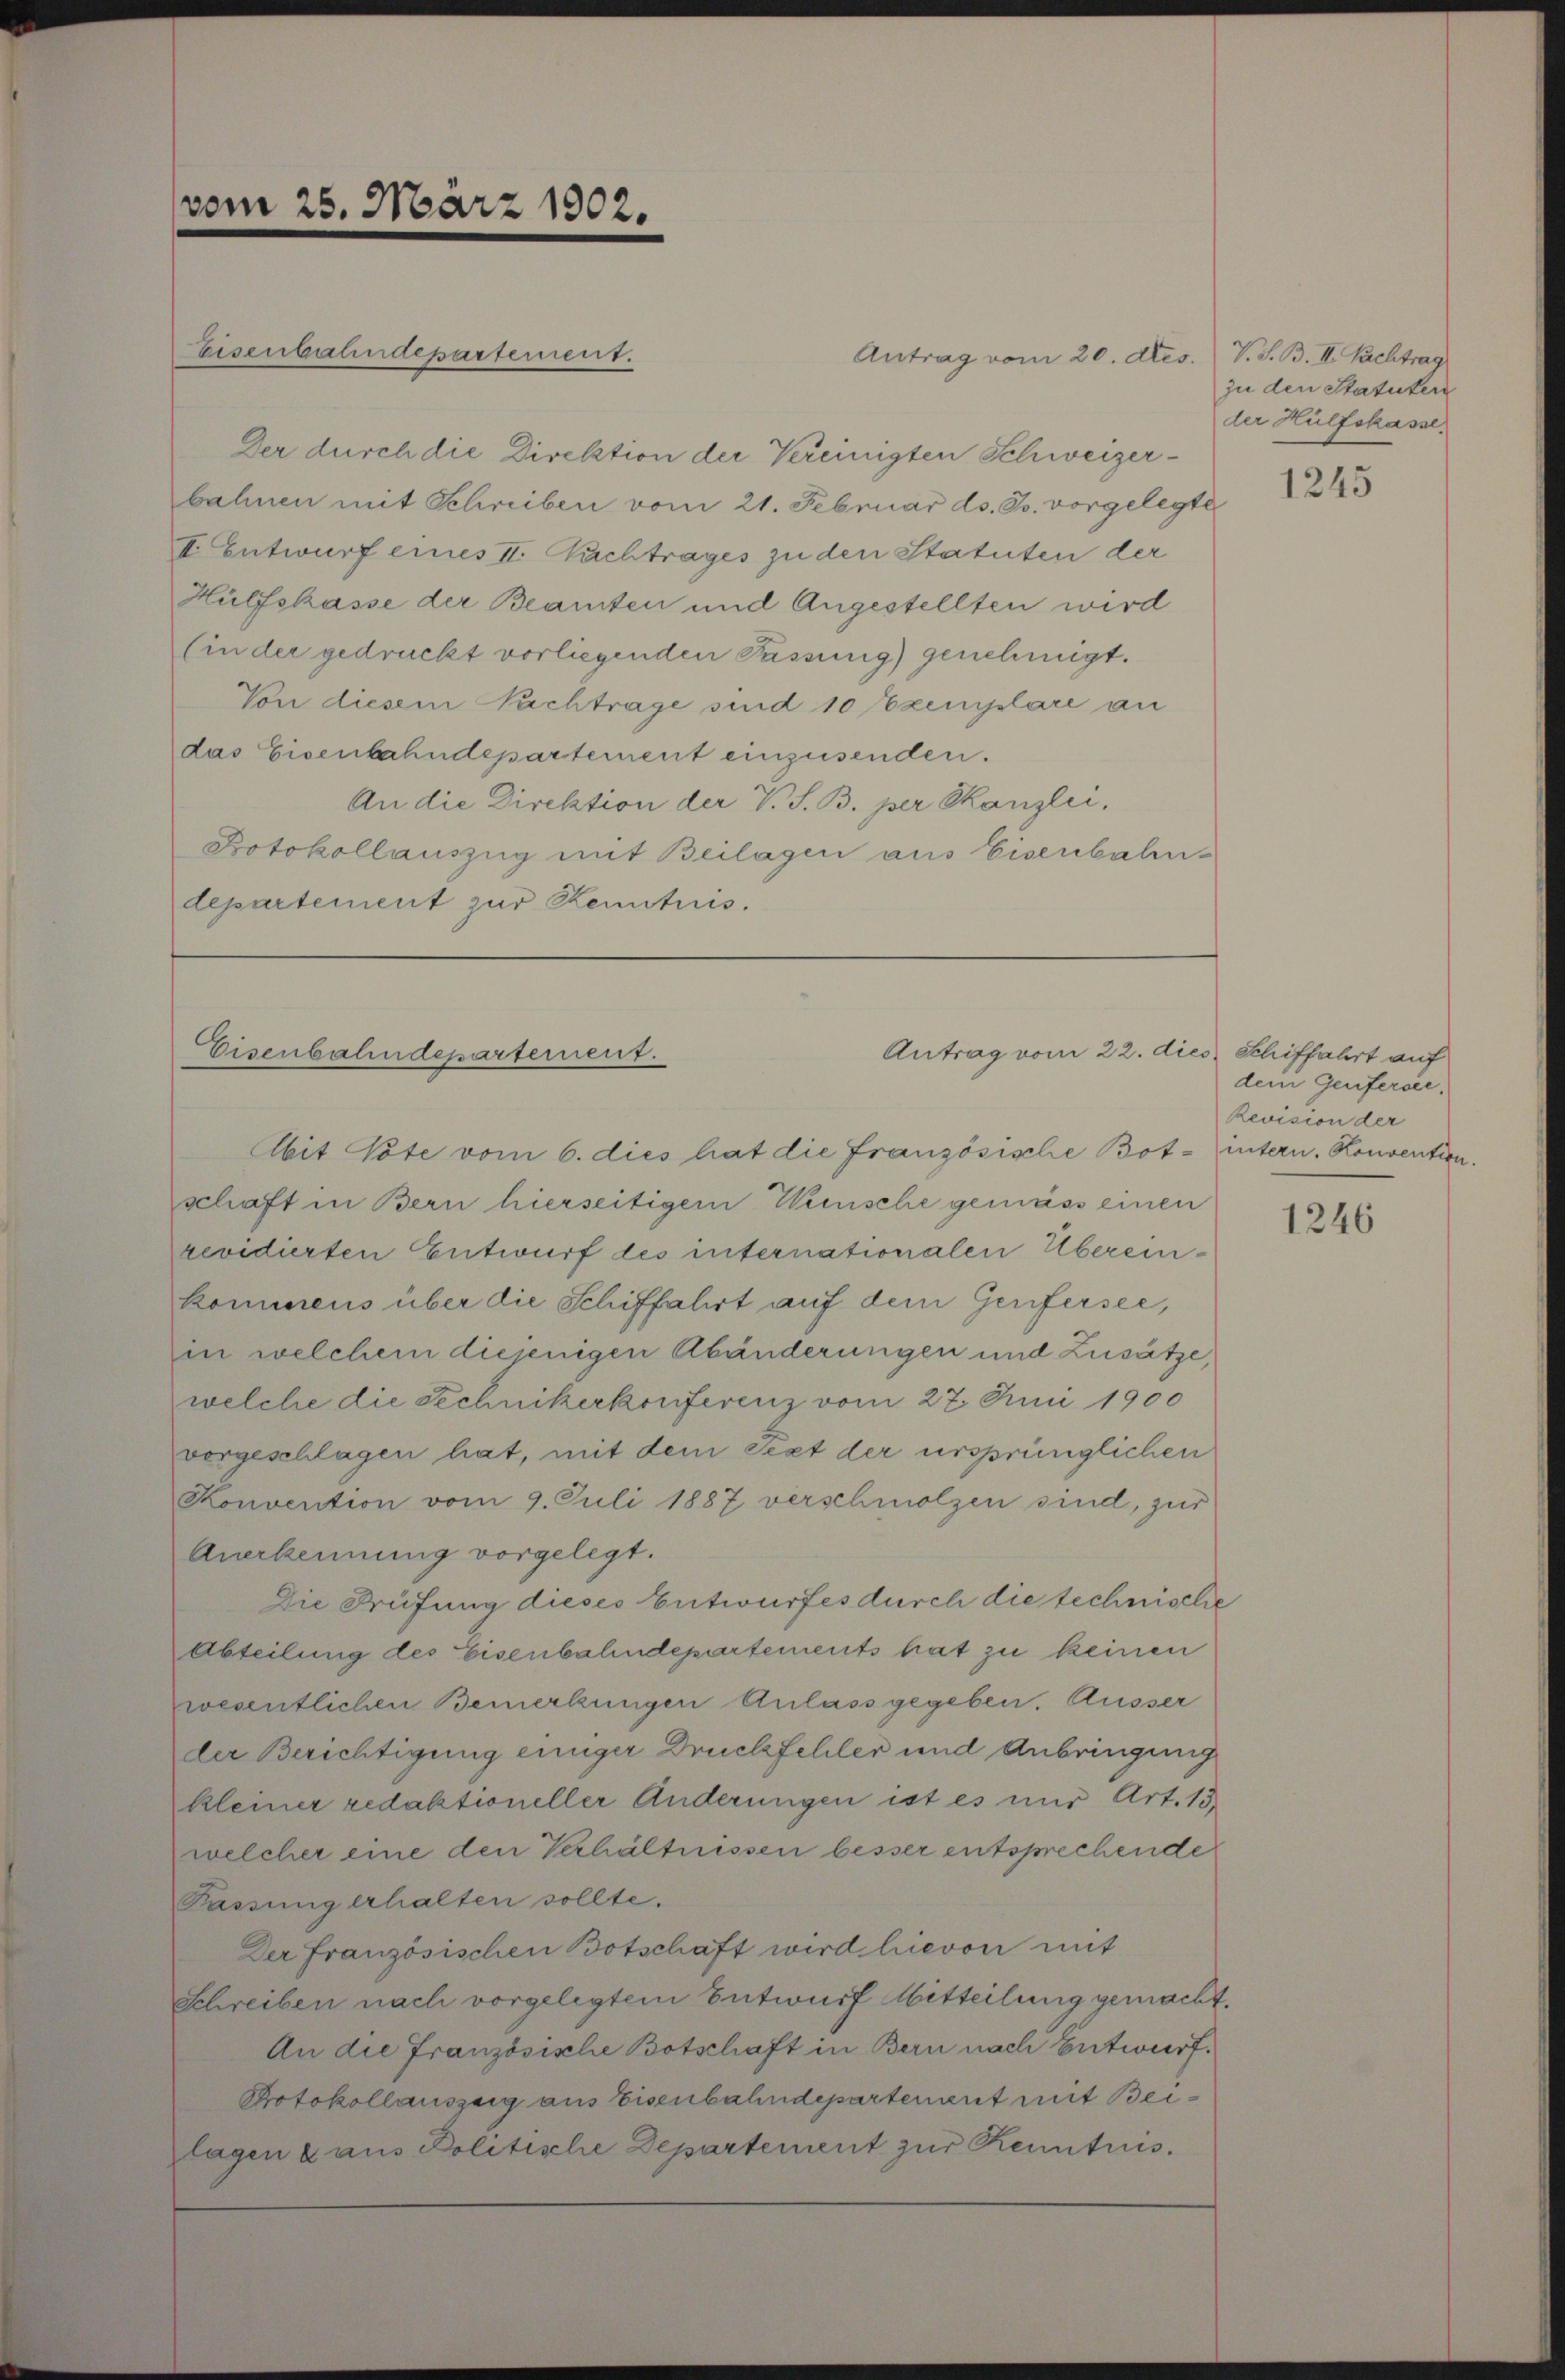
Eisenbahndepartement.
Der durch die Direktion der Vereinigten Schweizer-
bahnen mit Schreiben vom 21. Februar ds. Js. vorgelegte
E. Entwurf eines II. Nachtrages zu den Statuten der
Hülfskasse der Beamten und Angestellten wird
Ein der gedruckt vorliegenden Passung) genehmigt.
Von diesem Nachtrage sind 10 Exemplare an
das Eisenbahndepartement einzusenden.
An die Direktion der V. S. B. per Kanzlei.
Dotokollauszug mit Beilagen aus Eisenbahn-
departement zur Kenntnis.

vom 25. März 1902.

Eisenbahndepartement.

Antrag vom 20. dtes. V. S. B. II. Nachtrag

Antrag vom 22. dies Schiffahrt auf

schaft in Bern hierseitigem Wünsche gemäss einen
revidierten Entwurf des internationalen Übereinkommens über die Schiffahrt auf dem Genfersee,
in welchem diejenigen Abänderungen und Zusätze,
welche die Sechnikerkonferenz vom 27. Juni 1900
vorgeschlagen hat, mit dem Sept der ursprünglichen
Konvention vom 9. Juli 1887 verschmolzen sind, zur
Anerkennung vorgelegt.
Die Prüfung dieses Entwurfes durch die technische
Abteilung des Eisenbahndepartements hat zu keinen
wesentlichen Bemerkungen Anlass gegeben. Äusser
der Berichtigung einiger Druckfehler und Anbringung
kleiner redaktioneller Änderungen ist es nur Art. 13.
welcher eine den Verhältnissen besser entsprechende
Passung erhalten sollte.
Der Französischen Botschaft wird hievon mit
Schreiben nach vorgelegtem Entwurf Mitteilung gemacht.
An die Französische Botschaft in Bern nach Entwurf.
Protokollauszeig aus Eisenbahndepartement mit Beilagen a aus Politische Departement zur Kenntnis.

bit Vote vom 6. dies hat die Französische Bot-intern. Konvention.

zu den Statuten
der Hülfskasse.

1245

dem Genfersee,
Revision der

1246